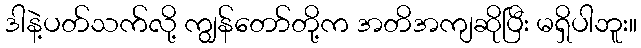
ဒါနဲ့ပတ်သက်လို့ ကျွန်တော်တို့က အတိအကျဆိုပြီး မရှိပါဘူး။